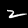
Label: 2